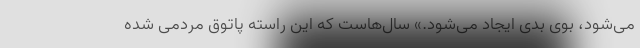
می‌شود، بوی بدی ایجاد می‌شود.» سال‌هاست که این راسته پاتوق مردمی شده